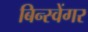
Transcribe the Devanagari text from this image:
बिन्स्वेंगर